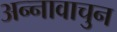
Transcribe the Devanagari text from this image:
अन्नावाचुन